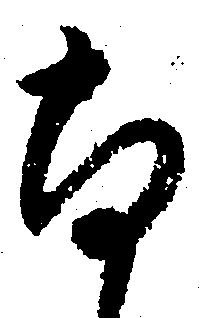
尚